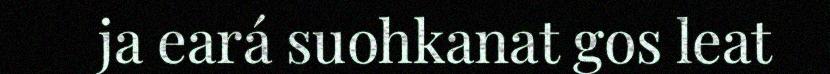
ja eará suohkanat gos leat